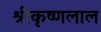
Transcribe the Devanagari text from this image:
श्रीकृष्णलाल